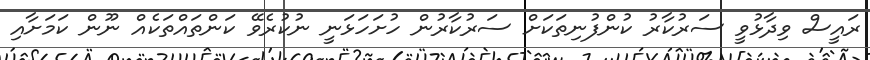
ރައީސް ވިދާޅުވީ ސަރުކާރު ކުންފުނިތަކަށް ސަރުކާރުން ހުށަހަޅަނީ ނުކުރެވޭ ކަންތައްތަކެއް ނޫން ކަމަށާއި